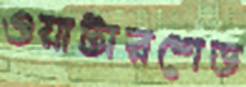
ওয়াটারশেড